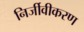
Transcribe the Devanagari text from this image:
निर्जीवीकरण